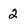
Character: 2